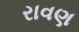
રાવણ